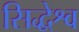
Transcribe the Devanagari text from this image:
सिद्धेश्व